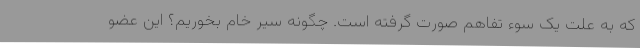
که به علت یک سوء تفاهم صورت گرفته است. چگونه سیر خام بخوریم؟ این عضو